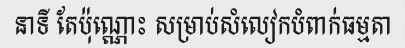
នាទី តែប៉ុណ្ណោះ សម្រាប់សំលៀកបំពាក់ធម្មតា